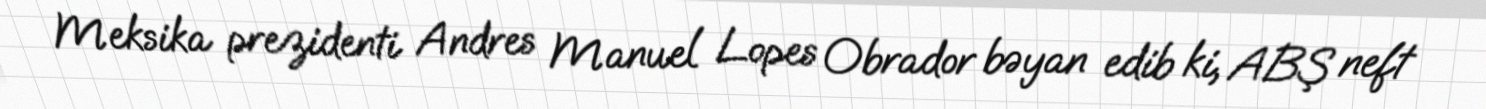
Meksika prezidenti Andres Manuel Lopes Obrador bəyan edib ki, ABŞ neft